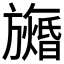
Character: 𬀙